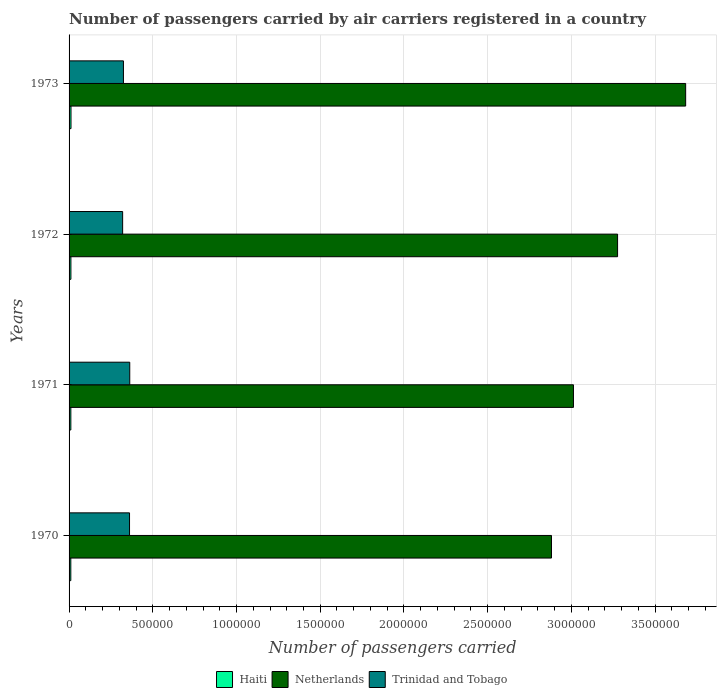
| Years | Haiti | Netherlands | Trinidad and Tobago |
 | --- | --- | --- | --- |
 | 1970 | 1.04e+04 | 2.88e+06 | 3.61e+05 |
 | 1971 | 1.06e+04 | 3.01e+06 | 3.62e+05 |
 | 1972 | 1.1e+04 | 3.28e+06 | 3.2e+05 |
 | 1973 | 1.15e+04 | 3.68e+06 | 3.25e+05 |